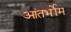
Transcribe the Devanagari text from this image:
आंतर्भोम